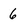
Character: 6